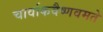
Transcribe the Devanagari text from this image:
चार्वाकवैष्णवमते